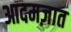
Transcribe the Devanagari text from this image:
आदमज़ात